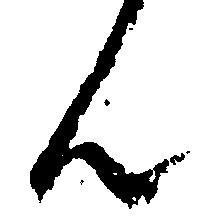
ん